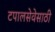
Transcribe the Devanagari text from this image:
टपालसेवेसाठी